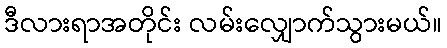
ဒီလားရာအတိုင်း လမ်းလျှောက်သွားမယ်။